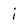
Character: i